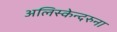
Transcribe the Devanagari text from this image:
अलिस्केन्दरुना